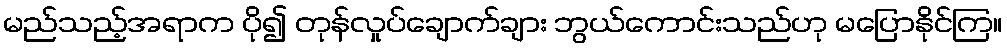
မည်သည့်အရာက ပို၍ တုန်လှုပ်ချောက်ချား ဘွယ်ကောင်းသည်ဟု မပြောနိုင်ကြ။